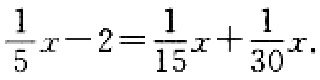
$\frac{1}{5}x - 2 = \frac{1}{15}x+\frac{1}{30}x$